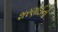
શરણાઈનો